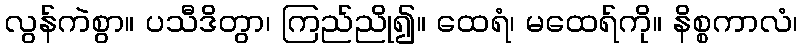
လွန်ကဲစွာ။ ပသီဒိတွာ၊ ကြည်ညို၍။ ထေရံ၊ မထေရ်ကို။ နိစ္စကာလံ၊